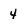
Character: 4